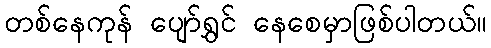
တစ်နေကုန် ပျော်ရွှင် နေစေမှာဖြစ်ပါတယ်။